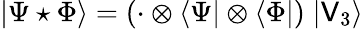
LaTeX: |\Psi\star\Phi\rangle=(\cdot\otimes\langle\Psi|\otimes\langle\Phi|)\; |\mathsf{V}_{3}\rangle